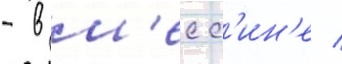
- в м'есс'ин'е /